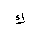
Letter: _kaf